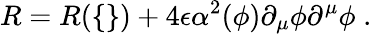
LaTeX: R=R(\{ \} )+4\epsilon\alpha^{2}(\phi)\partial_{\mu}\phi\partial^{\mu}\phi\; .